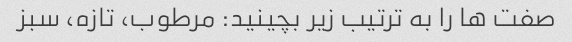
صفت ها را به ترتیب زیر بچینید: مرطوب، تازه، سبز